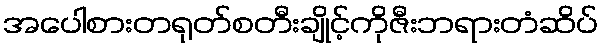
အပေါစားတရုတ်စတီးချိုင့်ကိုဇီးဘရားတံဆိပ်